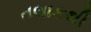
તલાકથી